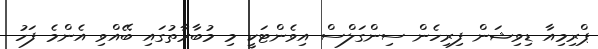
ޕްރިމިއާ ޑިވިޝަން ފިރިހެން ސިންގަލްސް އިވެންޓަކީ މި މުބާރާތުގައި ބޭއްވި އެންމެ ފަހު